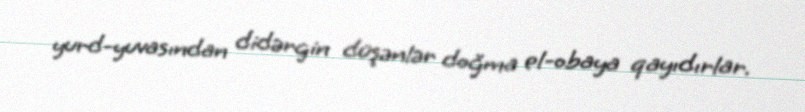
yurd-yuvasından didərgin düşənlər doğma el-obaya qayıdırlar.